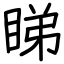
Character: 睇